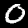
Label: 0